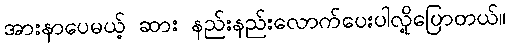
အားနာပေမယ့် ဆား နည်းနည်းလောက်ပေးပါလို့ပြောတယ်။